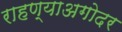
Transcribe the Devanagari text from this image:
राहण्याअगोदर